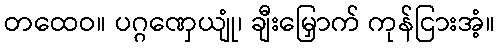
တထေဝ။ ပဂ္ဂဏှေယျုံ၊ ချီးမြှောက် ကုန်ငြားအံ့။